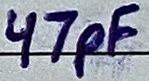
Text: 47pF